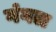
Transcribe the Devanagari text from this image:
गंगल